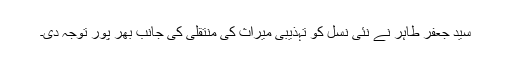
سید جعفر طاہر نے نئی نسل کو تہذیبی میراث کی منتقلی کی جانب بھر پور توجہ دی۔